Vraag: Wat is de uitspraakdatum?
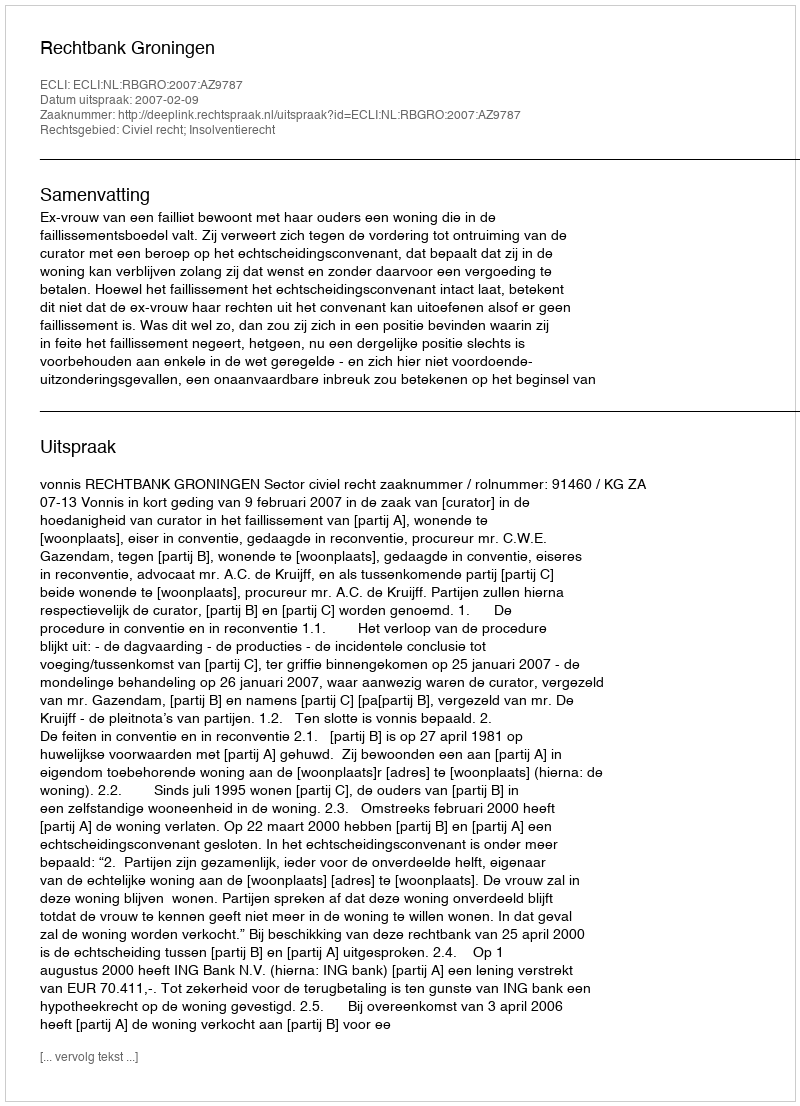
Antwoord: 2007-02-09